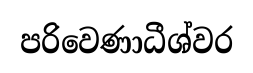
පරිවෙණාධීශ්වර